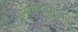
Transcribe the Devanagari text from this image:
माक्देबुर्गला